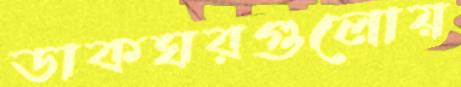
ডাকঘরগুলোয়